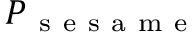
P _ { \mathrm { ~ s ~ e ~ s ~ a ~ m ~ e ~ } }